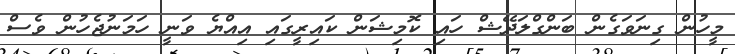
މީހުން ގިނަވަގެން ބަންގްލަދޭޝް ހައި ކޮމިޝަން ކައިރީގައި އިއްޔެ ވަނީ ހަމަނުޖެހުން ވެސް